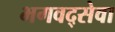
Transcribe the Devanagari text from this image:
भगवद्सेवा